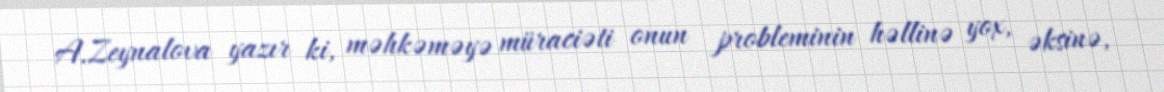
A.Zeynalova yazır ki, məhkəməyə müraciəti onun probleminin həllinə yox, əksinə,